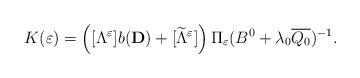
LaTeX: \begin{align*}K(\varepsilon )=\left([\Lambda ^\varepsilon] b(\mathbf{D})+[\widetilde{\Lambda}^\varepsilon] \right)\Pi _\varepsilon(B^0+\lambda_0 \overline{Q_0})^{-1}.\end{align*}